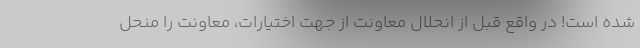
شده است! در واقع قبل از انحلال معاونت از جهت اختیارات، معاونت را منحل